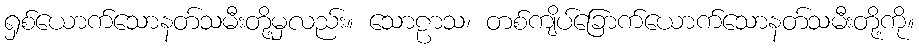
ရှစ်ယောက်သောနတ်သမီးတို့မှလည်း။ သောဠာသ၊ တစ်ကျိပ်ခြောက်ယောက်သောနတ်သမီးတို့ကို။